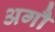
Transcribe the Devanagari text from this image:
अगौ